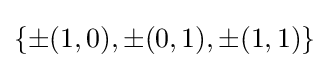
\{\pm (1,0),\pm (0,1),\pm (1,1)\}